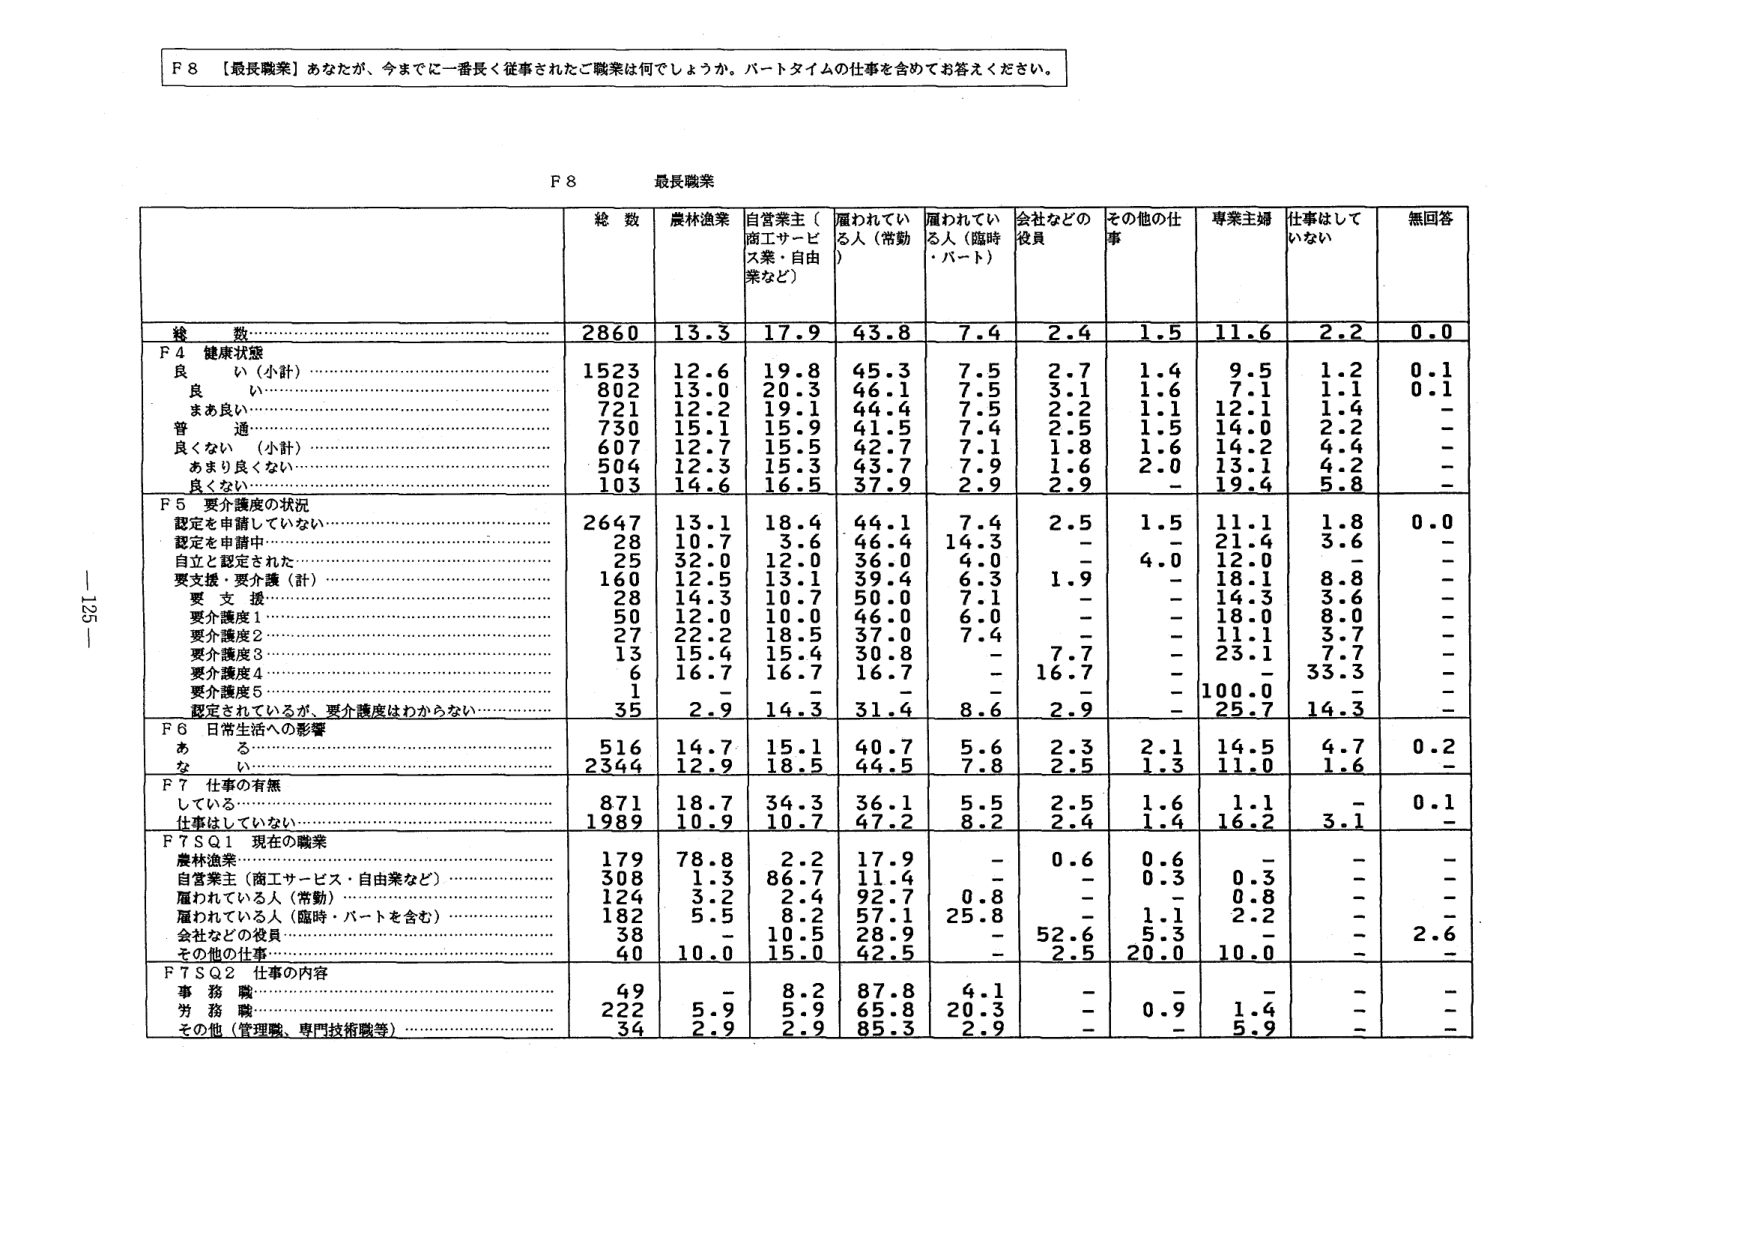
F 8 【最長職業】あなたが、今までに一番長く従事されたご職業は何でしょうか。パートタイムの仕事を含めてお答えください。

F 8 最長職業

総数 農林漁業 自営業主（商工サービス業・自由業など） 雇われている人（常勤） 雇われている人（臨時・パート） 会社などの役員 その他の仕事 専業主婦 仕事はしていない 無回答

総数 2860 13.3 17.9 43.8 7.4 2.4 1.5 11.6 2.2 0.0

F 4 健康状態
良 い（小計） 1523 12.6 19.8 45.3 7.5 2.7 1.4 9.5 1.2 0.1
良 い 802 13.0 20.3 46.1 7.5 3.1 1.6 7.1 1.1 0.1
まあ良い 721 12.2 19.1 44.4 7.5 2.2 1.1 12.1 1.4 -
普 通 730 15.1 15.9 41.5 7.4 2.5 1.5 14.0 2.2 -
良 くない（小計） 607 12.7 15.5 42.7 7.1 1.8 1.6 14.2 4.4 -
あまり良くない 504 12.3 15.3 43.7 7.9 1.6 2.0 13.1 4.2 -
良くない 103 14.6 16.5 37.9 2.9 2.9 - 19.4 5.8 -

F 5 要介護度の状況
認定を申請していない 2647 13.1 18.4 44.1 7.4 2.5 1.5 11.1 1.8 0.0
認定を申請中 28 10.7 3.6 46.4 14.3 - - 21.4 3.6 -
自立と認定された 25 32.0 12.0 36.0 4.0 - 4.0 12.0 -
要支援・要介護（計） 160 12.5 13.1 39.4 6.3 1.9 - 18.1 8.8 -
要 支 援 28 14.3 10.7 50.0 7.1 - - 14.3 3.6 -
要介護度1 50 12.0 10.0 46.0 6.0 - - 18.0 8.0 -
要介護度2 27 22.2 18.5 37.0 7.4 - - 11.1 3.7 -
要介護度3 13 15.4 15.4 30.8 - 7.7 - 23.1 7.7 -
要介護度4 6 16.7 16.7 16.7 - 16.7 - - 33.3 -
要介護度5 1 - - - - - 100.0 - -
認定されているが、要介護度はわからない 35 2.9 14.3 31.4 8.6 2.9 - 25.7 14.3 -

F 6 日常生活への影響
あ る 516 14.7 15.1 40.7 5.6 2.3 2.1 14.5 4.7 0.2
な い 2344 12.9 18.5 44.5 7.8 2.5 1.3 11.0 1.6 -

F 7 仕事の有無
している 871 18.7 34.3 36.1 5.5 2.5 1.6 1.1 - 0.1
仕事はしていない 1989 10.9 10.7 47.2 8.2 2.4 1.4 16.2 3.1 -

F 7 SQ1 現在の職業
農林漁業 179 78.8 22.2 17.9 - 0.6 0.6 - - -
自営業主（商工サービス・自由業など） 308 1.3 86.7 11.4 - - 0.3 - - -
雇われている人（常勤） 124 3.2 22.4 92.7 0.8 - - 0.8 - -
雇われている人（臨時・パートを含む） 182 5.5 18.2 57.1 25.8 - 1.1 2.2 - -
会社などの役員 38 - 10.5 28.9 - 52.6 5.3 - - 2.6
その他の仕事 40 10.0 15.0 42.5 - 2.5 20.0 10.0 - -

F 7 SQ2 仕事の内容
事 務 職 49 - 8.2 87.8 4.1 - - - - -
労 務 職 222 5.9 5.9 65.8 20.3 - 0.9 1.4 - -
その他（管理職、専門技術職等） 34 2.9 2.9 85.3 2.9 - - 5.9 - -